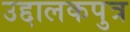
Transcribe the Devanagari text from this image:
उद्दालकपुत्र